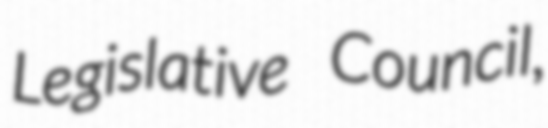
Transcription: Legislative Council,